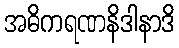
အဓိကရဏနိဒါနာဒိ